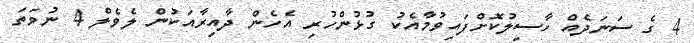
4 ގެ ސަނަދެއް ހާސިލުކޮށްފައިވުމާއެކު ގުޅުންހުރި އެހެން ދާއިރާއަކުން ލެވެލް 4 ނުވަތަ